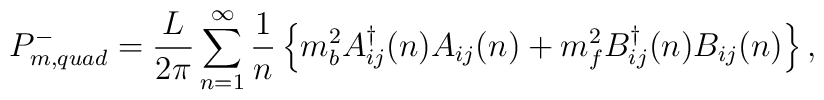
P^{-}_{m,quad}  = \frac{L}{2\pi}  \sum _{n=1}^{\infty}\frac{1}{n}\left\{m_{b}^{2}A_{ij}^{\dag}(n)A_{ij}(n)+ m_{f}^{2} B_{ij}^{\dag}(n)B_{ij}(n) \right\},